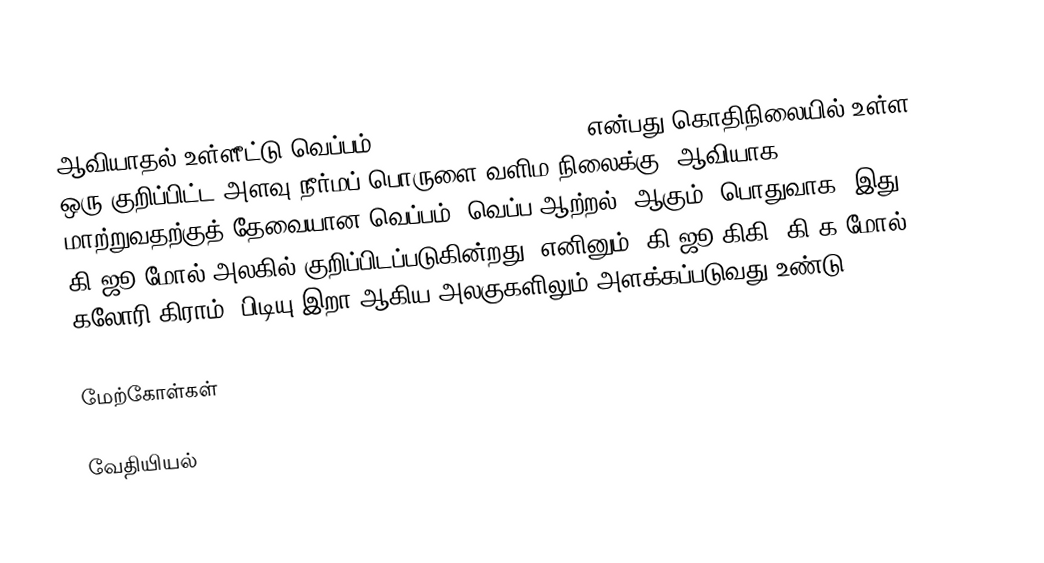
ஆவியாதல் உள்ளீட்டு வெப்பம் (heat of vaporization) என்பது கொதிநிலையில் உள்ள, ஒரு குறிப்பிட்ட அளவு நீர்மப் பொருளை வளிம நிலைக்கு (ஆவியாக) மாற்றுவதற்குத் தேவையான வெப்பம் (வெப்ப ஆற்றல்) ஆகும். பொதுவாக, இது கி.ஜூ/மோல் அலகில் குறிப்பிடப்படுகின்றது. எனினும், கி.ஜூ/கிகி, கி.க/மோல், கலோரி/கிராம், பிடியு/இறா ஆகிய அலகுகளிலும் அளக்கப்படுவது உண்டு.

மேற்கோள்கள்

வேதியியல்